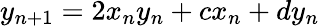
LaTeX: y_{n+1}=2x_{n}y_{n}+cx_{n}+dy_{n}